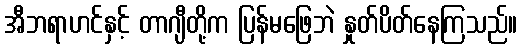
အီဘရာဟင်နှင့် တာဂျီတို့က ပြန်မဖြေဘဲ နှုတ်ပိတ်နေကြသည်။